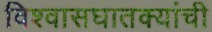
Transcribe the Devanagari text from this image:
विश्वासघातक्यांची